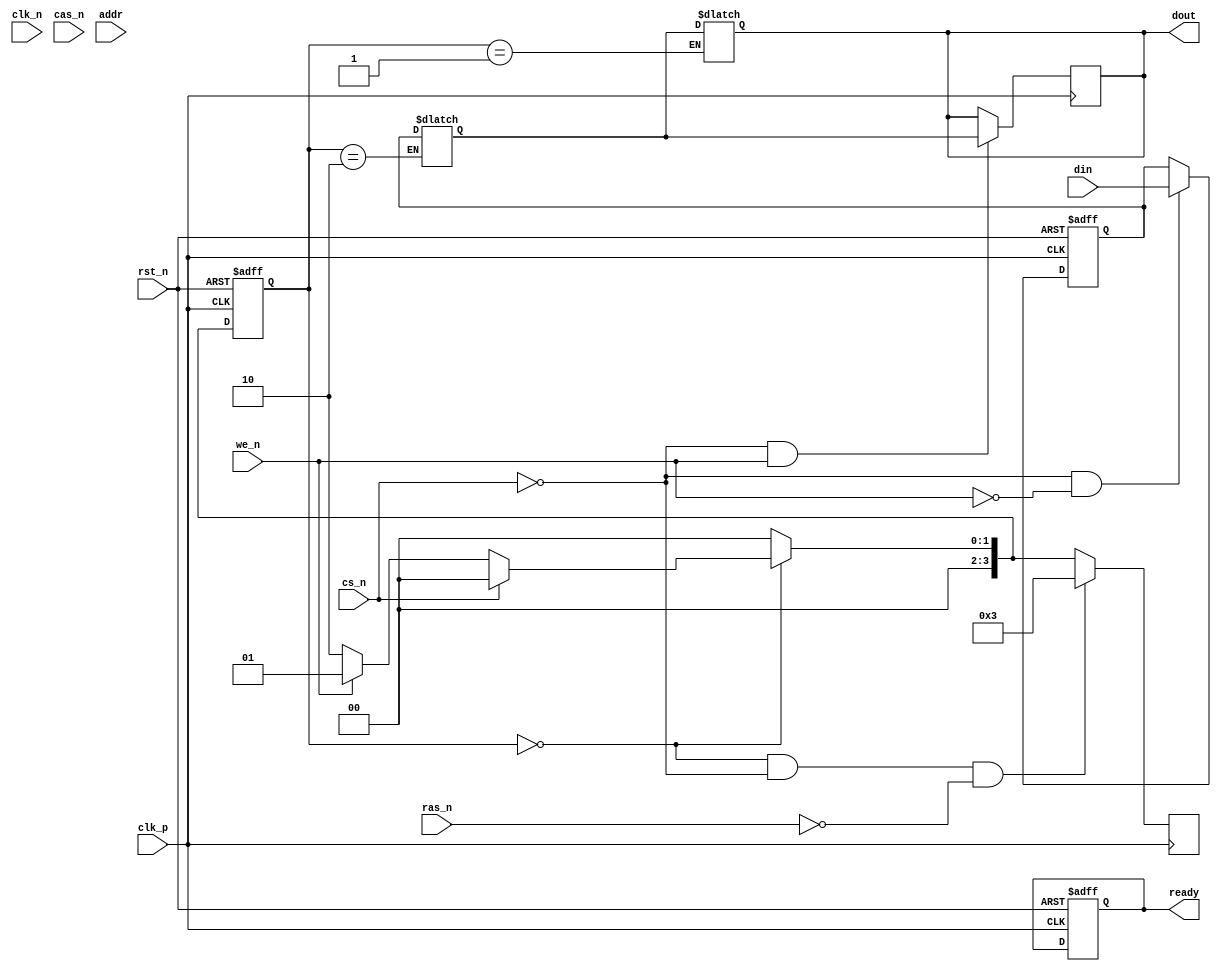
module ddr_sdram_io_block #(
    parameter DATA_WIDTH = 32,       // Width of the data bus (8, 16, 32 bits)
    parameter ADDR_WIDTH = 12         // Address width for SDRAM
) (
    // Clock and Reset
    input wire clk_p,                 // Positive clock input
    input wire clk_n,                 // Negative clock input
    input wire rst_n,                 // Active low reset

    // Control Signals
    input wire cs_n,                  // Chip Select (active low)
    input wire ras_n,                 // Row Address Strobe (active low)
    input wire cas_n,                 // Column Address Strobe (active low)
    input wire we_n,                  // Write Enable (active low)

    // Address Bus
    input wire [ADDR_WIDTH-1:0] addr, // Address Bus

    // Data Bus
    input wire [DATA_WIDTH-1:0] din,  // Data input
    output reg [DATA_WIDTH-1:0] dout,  // Data output

    // Status Signals
    output reg ready                   // Ready signal for indicating operation completion
);

// Internal signals
reg [DATA_WIDTH-1:0] data_latch;      // Latch for input data
reg [DATA_WIDTH-1:0] output_buffer;    // Buffer for output data
reg [3:0] state;                       // State variable for state machine
reg [3:0] next_state;                  // Next state variable

// State Definitions
localparam IDLE     = 4'b0000;
localparam READ     = 4'b0001;
localparam WRITE    = 4'b0010;
localparam REFRESH  = 4'b0011;

// Clock Management: Generate internal clock from differential inputs
wire clk_int = clk_p; // For simplicity, we use clk_p directly

// Input Data Latching
always @(posedge clk_int or negedge rst_n) begin
    if (!rst_n) begin
        data_latch <= 0;
    end else if (!cs_n && !we_n) begin // On chip select and write enable low
        data_latch <= din;              // Latch incoming data
    end
end

// Output Data Latching
always @(negedge clk_int) begin
    if (!cs_n && we_n) begin // On chip select and write enable high
        dout <= output_buffer; // Drive output data
    end
end

// State Machine for Command Handling
always @(posedge clk_int or negedge rst_n) begin
    if (!rst_n) begin
        state <= IDLE;
        ready <= 1'b1; // Initial state is ready
    end else begin
        state <= next_state;
    end
end

// Next State Logic
always @(*) begin
    case (state)
        IDLE: begin
            if (!cs_n) begin
                if (!we_n) begin
                    next_state = WRITE; // Write operation
                end else begin
                    next_state = READ;  // Read operation
                end
            end else begin
                next_state = IDLE;   // Remain in idle
            end
        end

        WRITE: begin
            output_buffer = data_latch; // Prepare data for output
            next_state = IDLE;           // Go back to idle after write
        end

        READ: begin
            // Simulate data read operation
            dout = output_buffer;        // Drive output data
            next_state = IDLE;           // Go back to idle after read
        end

        default: next_state = IDLE; // Default to idle
    endcase
end

// Refresh Logic (simplified)
always @(posedge clk_int) begin
    if (state == IDLE && !cs_n && !ras_n) begin
        // Trigger refresh operation
        next_state = REFRESH;
    end
end

// Power Management and Error Detection can be added here

endmodule